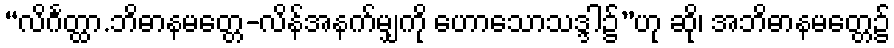
“လိင်္ဂတ္ထာ.ဘိဓာနမတ္တေ-လိန်အနက်မျှကို ဟောသောသဒ္ဒါ၌”ဟု ဆို၊ အဘိဓာနမတ္တေ၌